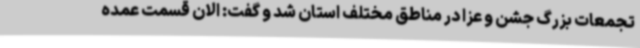
تجمعات بزرگ جشن و عزا در مناطق مختلف استان شد و گفت: الان قسمت عمده